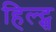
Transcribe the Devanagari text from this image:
हिल्ट्स